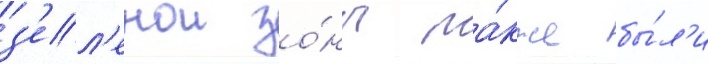
з'ел'енои зо́ны та́кже бы́л'и